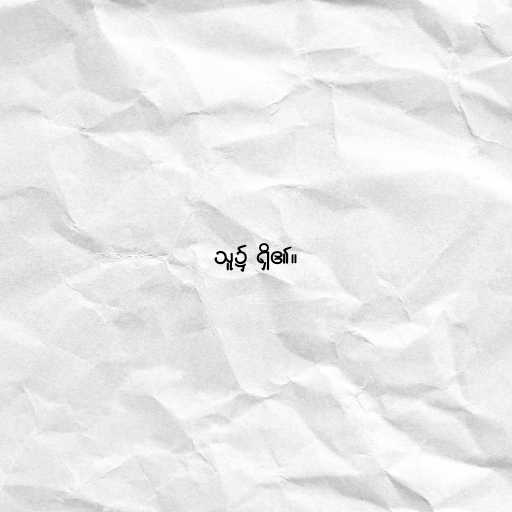
သူ၌ ရှိ၏။